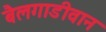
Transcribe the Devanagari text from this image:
बैलगाडीवान